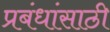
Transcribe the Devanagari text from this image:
प्रबंधांसाठी